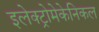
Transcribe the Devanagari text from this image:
इलेक्ट्रोमेकेनिकल